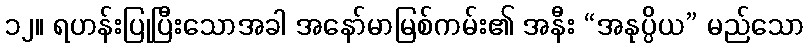
၁၂။ ရဟန်းပြုပြီးသောအခါ အနော်မာမြစ်ကမ်း၏ အနီး “အနုပ္ပိယ” မည်သော